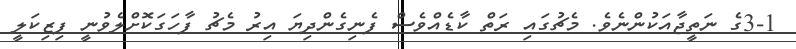
3-1ގެ ނަތީޖާއަކުންނެވެ. މެޗުގައި ރަތް ކާޑެއްވެސް ފެނިގެންދިޔަ އިރު މެޗު ފާހަގަކޮށްލެވުނީ ފިޒިކަލީ